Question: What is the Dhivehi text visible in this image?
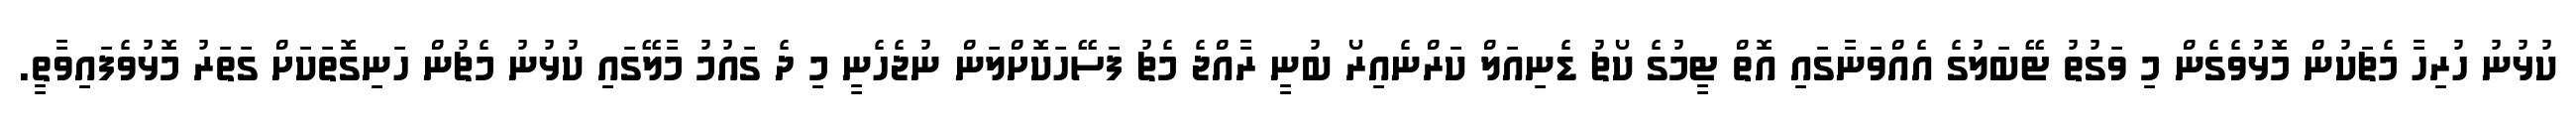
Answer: ކުޅުނު ހުރިހާ މެޗަކުން މޮޅުވެގެން މި ވަގުތު ޓޭބަލުގެ އެއްވަނާގައި އޮތް ޓީމުގެ ކޯޗު ޑެނިއަލް ކަރްނެއިރޯ ބުނީ ރާއްޖެ މެޗު ފަސޭހަކޮށްލަން ނުޖެހެނީ މި ދެ ގައުމު މާލޭގައި ކުޅުނު މެޗުން ހަނިގޮތަކަށް ގަތަރު މޮޅުވެފައިވާތީ.